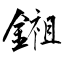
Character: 鎺